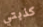
كذبتي